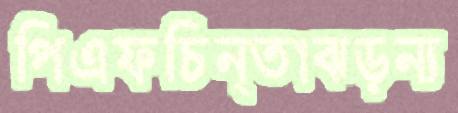
পিএফচিন্তাঝড়ন্য